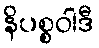
နိပစ္စဝါဒီ